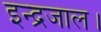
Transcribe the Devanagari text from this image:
इन्द्रजाल।